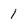
Character: 1